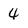
Character: 4